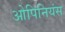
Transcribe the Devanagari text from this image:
ओपिनियंस